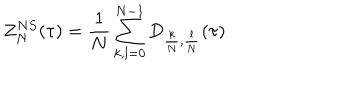
Z _ { N } ^ { N S } ( \tau ) = \frac 1 N \sum _ { k , l = 0 } ^ { N - 1 } D _ { \frac { k } { N } , \frac { l } { N } } ( \tau )